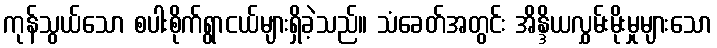
ကုန်သွယ်သော စပါးစိုက်ရွာငယ်များရှိခဲ့သည်။ သံခေတ်အတွင်း အိန္ဒိယလွှမ်းမိုးမှုများသော